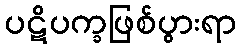
ပဋိပက္ခဖြစ်ပွားရာ